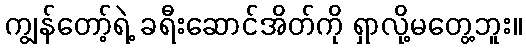
ကျွန်တော့်ရဲ့ ခရီးဆောင်အိတ်ကို ရှာလို့မတွေ့ဘူး။